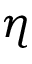
\eta